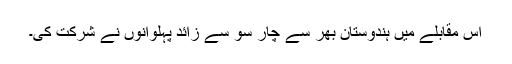
اس مقابلے میں ہندوستان بھر سے چار سو سے زائد پہلوانوں نے شرکت کی۔